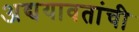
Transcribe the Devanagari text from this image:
अद्ययावतांची